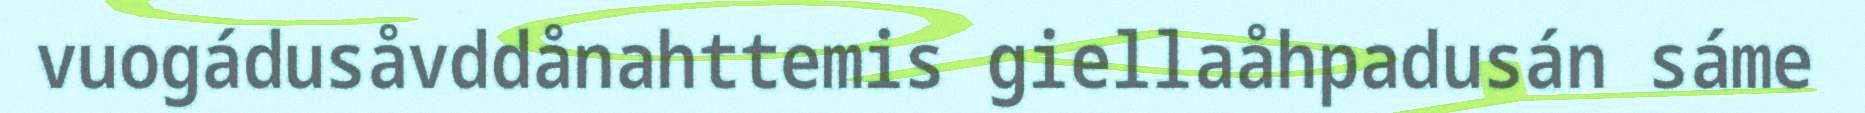
vuogádusåvddånahttemis giellaåhpadusán sáme